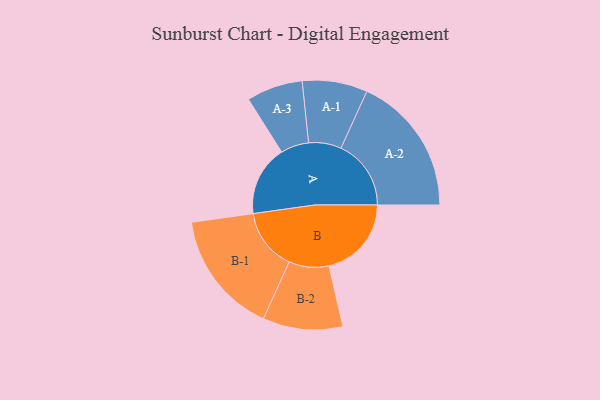
{"axis": {"x": "Segment", "y": "Value"}, "legend": ["", "A", "B"], "data": [{"x": "A", "y": 285, "type": ""}, {"x": "B", "y": 334, "type": ""}, {"x": "A-1", "y": 132, "type": "A"}, {"x": "A-2", "y": 284, "type": "A"}, {"x": "A-3", "y": 114, "type": "A"}, {"x": "B-1", "y": 250, "type": "B"}, {"x": "B-2", "y": 162, "type": "B"}]}